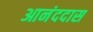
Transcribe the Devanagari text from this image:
आनंददास